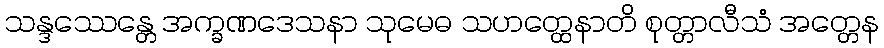
သန္ဒဿေန္တေ အက္ခဏဒေသနာ သုမေဓ သဟတ္ထေနာတိ စုတ္တာလီသံ အတ္တေန